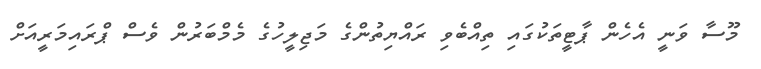
މޫސާ ވަނީ އެހެން ޕާޓީތަކުގައި ތިއްބެވި ރައްޔިތުންގެ މަޖިލީހުގެ މެމްބަރުން ވެސް ޕްރައިމަރީއަށް